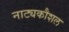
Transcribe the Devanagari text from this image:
नाट्यकौशल